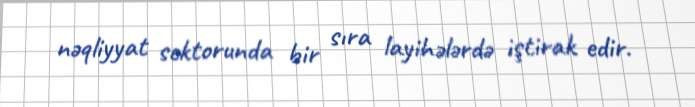
nəqliyyat sektorunda bir sıra layihələrdə iştirak edir.